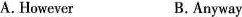
A. HoweverB.Anyway